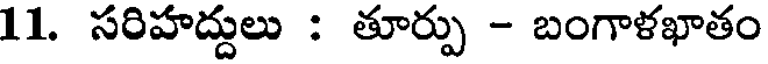
11. సరిహద్దులు : తూర్పు - బంగాళఖాతం